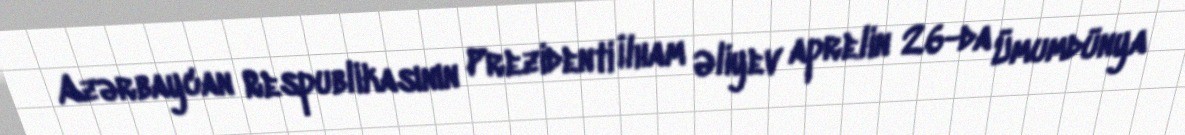
Azərbaycan Respublikasının Prezidenti İlham Əliyev aprelin 26-da Ümumdünya